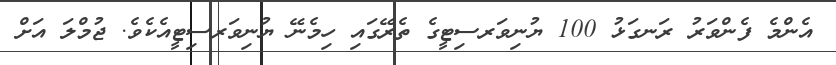
އެންމެ ފެންވަރު ރަނގަޅު 100 ޔުނިވަރސިޓީގެ ތެރޭގައި ހިމެނޭ ޔުނިވަރސިޓީއެކެވެ. ޖުމްލަ އަށް